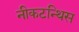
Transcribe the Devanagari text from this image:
नीकटन्थिस